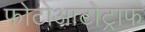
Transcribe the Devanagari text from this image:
फोटोआटोट्राफ